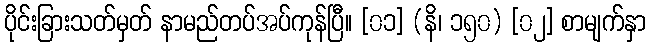
ပိုင်းခြားသတ်မှတ် နာမည်တပ်အပ်ကုန်ပြီ။ [၀၁] (နိ၊ ၁၅၀) [၀၂] စာမျက်နှာ